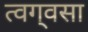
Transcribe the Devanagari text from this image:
त्वग्‌वसा